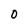
Character: O